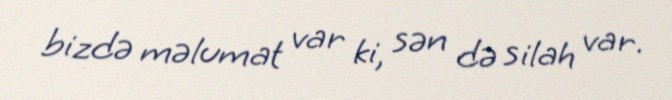
bizdə məlumat var ki, sən də silah var.